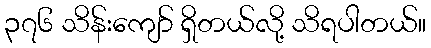
၃၇၆ သိန်းကျော် ရှိတယ်လို့ သိရပါတယ်။